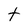
Character: t